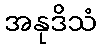
အနုဒိသံ